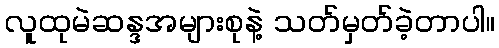
လူထုမဲဆန္ဒအများစုနဲ့ သတ်မှတ်ခဲ့တာပါ။